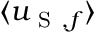
\langle u _ { \mathrm { ~ S ~ } , f } \rangle